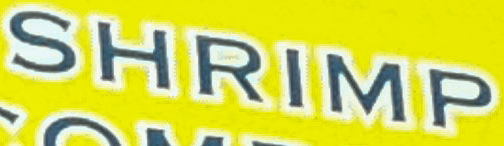
SHRIMP